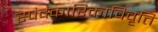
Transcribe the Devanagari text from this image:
स्पंदकारिकाविवृत्ति